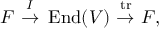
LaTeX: F ~ { \overset { I } { \to } } ~ \operatorname { E n d } ( V ) ~ { \overset { \operatorname { t r } } { \to } } ~ F ,